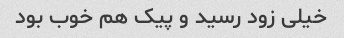
خیلی زود رسید و پیک هم خوب بود